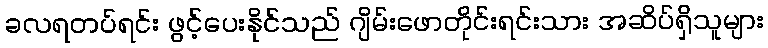
ခလရတပ်ရင်း ဖွင့်ပေးနိုင်သည် ဂျိမ်းဖောတိုင်းရင်းသား အဆိပ်ရှိသူများ